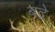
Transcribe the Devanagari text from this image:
बद्रे